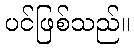
ပင်ဖြစ်သည်။